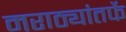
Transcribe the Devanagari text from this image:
मराठ्यांतर्फे